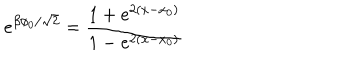
e ^ { \beta \phi _ { 0 } / \sqrt { 2 } } = \frac { 1 + e ^ { 2 ( x - x _ { 0 } ) } } { 1 - e ^ { 2 ( x - x _ { 0 } ) } }